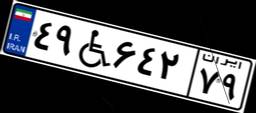
۴۹W۶۴۲۷۹